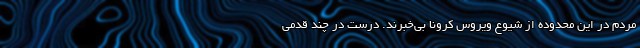
مردم در این محدوده از شیوع ویروس کرونا بی‌خبرند. درست در چند قدمی